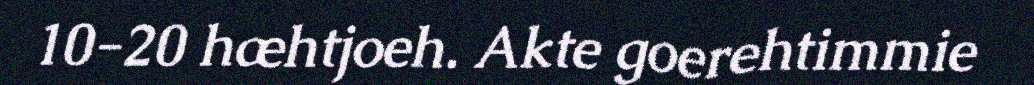
10-20 hæhtjoeh. Akte goerehtimmie